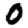
Digit: 0